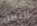
الثمن